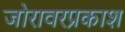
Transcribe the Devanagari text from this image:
जोरावरप्रकाश